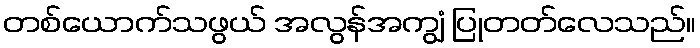
တစ်ယောက်သဖွယ် အလွန်အကျွံ ပြုတတ်လေသည်။